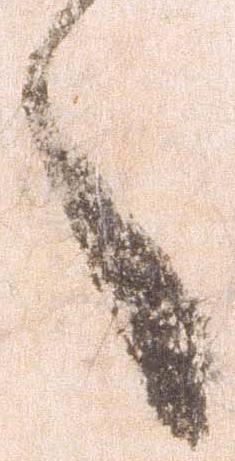
言